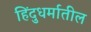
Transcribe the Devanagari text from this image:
हिंदुधर्मातील